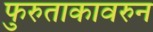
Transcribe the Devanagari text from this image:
फुरुताकावरुन